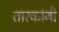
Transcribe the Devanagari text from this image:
तारकांनी